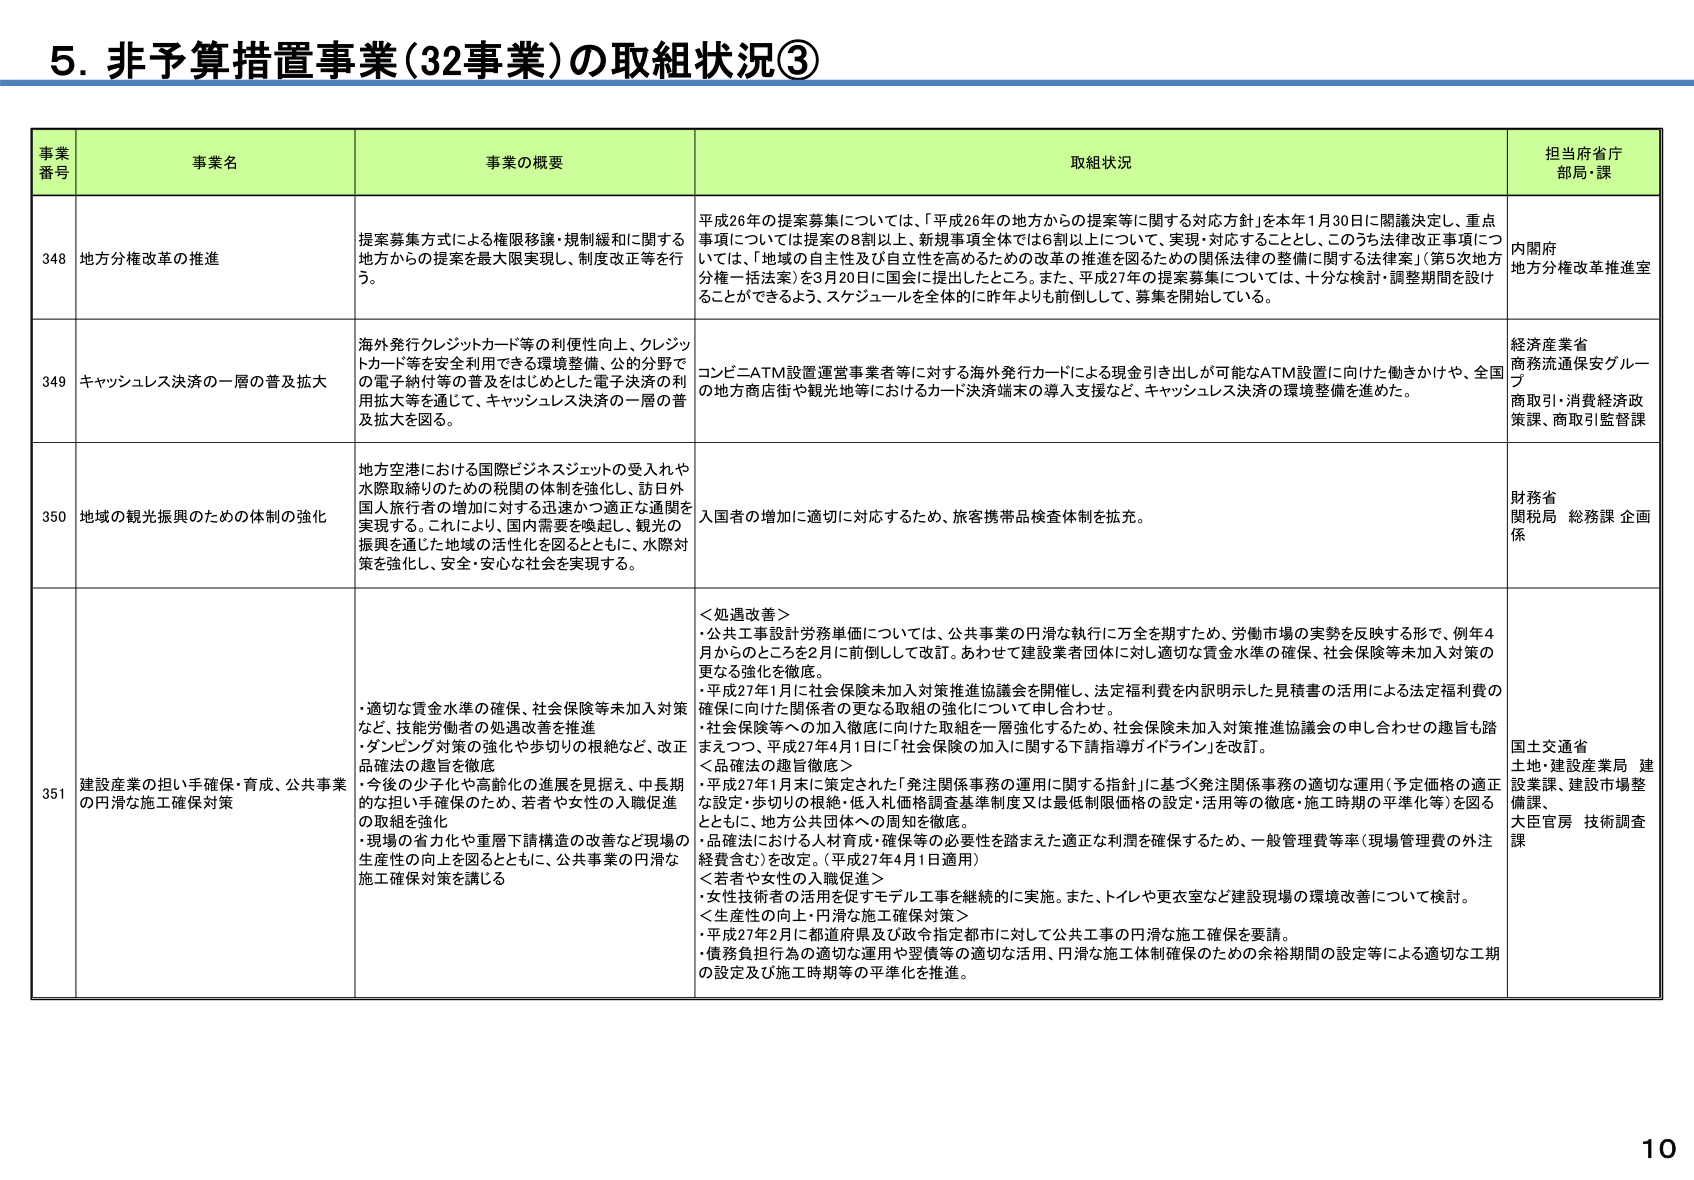
5. 非予算措置事業（32事業）の取組状況③

事業番号　事業名　事業の概要　取組状況　担当府省庁部局・課

348　地方分権改革の推進　提案募集方式による権限移譲・規制緩和に関する地方からの提案を最大限実現し、制度改正等を行う。　平成26年の提案募集については、「平成26年の地方からの提案等に関する対応方針」を本年1月30日に閣議決定し、重点事項については提案の8割以上、新規事項全体では6割以上について、実現・対応することとし、このうち法律改正事項については、「地域の自主性及び自立性を高めるための改革の推進を図るための関係法律の整備に関する法律案」（第5次地方分権一括法案）を3月20日に国会に提出したところ。また、平成27年の提案募集については、十分な検討・調整期間を設けることができるよう、スケジュールを全体的に昨年より前倒しして、募集を開始している。　内閣府　地方分権改革推進室

349　キャッシュレス決済の一層の普及拡大　海外発行クレジットカード等の利便性向上、クレジットカード等を安全利用できる環境整備、公的分野での電子納付等の普及をはじめとした電子決済の利用拡大等を通じて、キャッシュレス決済の一層の普及拡大を図る。　コンビニATM設置運営事業者等に対する海外発行カードによる現金引き出しが可能なATM設置に向けた働きかけや、全国の地方商店街や観光地等におけるカード決済端末の導入支援など、キャッシュレス決済の環境整備を進めた。　経済産業省　商務流通保安グループ　商取引・消費経済政策課、商取引監督課

350　地域の観光振興のための体制の強化　地方空港における国際ビジネスジェットの受入れや水際取締りのための税関の体制を強化し、訪日外国人旅行者の増加に対する迅速かつ適正な通関を実現する。これにより、国内需要を喚起し、観光の振興を通じた地域の活性化を図るとともに、水際対策を強化し、安全・安心な社会を実現する。　入国者の増加に適切に対応するため、旅客携帯品検査体制を拡充。　財務省　関税局　総務課　企画係

351　建設産業の担い手確保・育成、公共事業の円滑な施工確保対策　・適切な賃金水準の確保、社会保険等未加入対策など、技能労働者の処遇改善を推進　・ダンピング対策の強化や歩切りの根絶など、改正品確法の趣旨を徹底　・今後の少子化や高齢化の進展を見据え、中長期的な担い手確保のため、若者や女性の入職促進の取組を強化　・現場の省力化や重層下請構造の改善など現場の生産性の向上を図るとともに、公共事業の円滑な施工確保対策を講じる　＜処遇改善＞　・公共工事設計労務単価については、公共事業の円滑な執行に万全を期すため、労働市場の実勢を反映する形で、例年4月からのところを2月に前倒しして改訂。あわせて建設業者団体に対し適切な賃金水準の確保、社会保険等未加入対策の更なる強化を徹底。　・平成27年1月に社会保険未加入対策推進協議会を開催し、法定福利費を内訳明示した見積書の活用による法定福利費の確保に向けた関係者の更なる取組の強化について申し合わせ。　・社会保険等への加入徹底に向けた取組を一層強化するため、社会保険未加入対策推進協議会の申し合わせの趣旨も踏まえつつ、平成27年4月1日に「社会保険の加入に関する下請指導ガイドライン」を改訂。　＜品確法の趣旨徹底＞　・平成27年1月末に策定された「発注関係事務の運用に関する指針」に基づく発注関係事務の適切な運用（予定価格の適正な設定・歩切りの根絶・低入札価格調査基準制度又は最低制限価格の設定・活用等の徹底・施工時期の平準化等）を図るとともに、地方公共団体への周知を徹底。　・品確法における人材育成・確保等の必要性を踏まえた適正な利潤を確保するため、一般管理費等率（現場管理費の外注経費含む）を改定。（平成27年4月1日適用）　＜若者や女性の入職促進＞　・女性技術者の活用を促すモデル工事を継続的に実施。また、トイレや更衣室など建設現場の環境改善について検討。　＜生産性の向上・円滑な施工確保対策＞　・平成27年2月に都道府県及び政令指定都市に対して公共工事の円滑な施工確保を要請。　・債務負担行為の適切な運用や翌債等の適切な活用、円滑な施工体制確保のための余裕期間の設定等による適切な工期の設定及び施工時期等の平準化を推進。　国土交通省　土地・建設産業局　建設業課、建設市場整備課、大臣官房　技術調査課

10